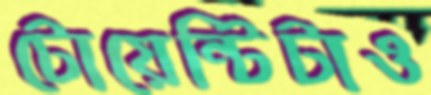
টোয়েন্টিটাও